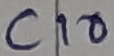
Text: C10